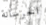
الخرسانة